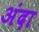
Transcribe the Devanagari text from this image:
अंदा